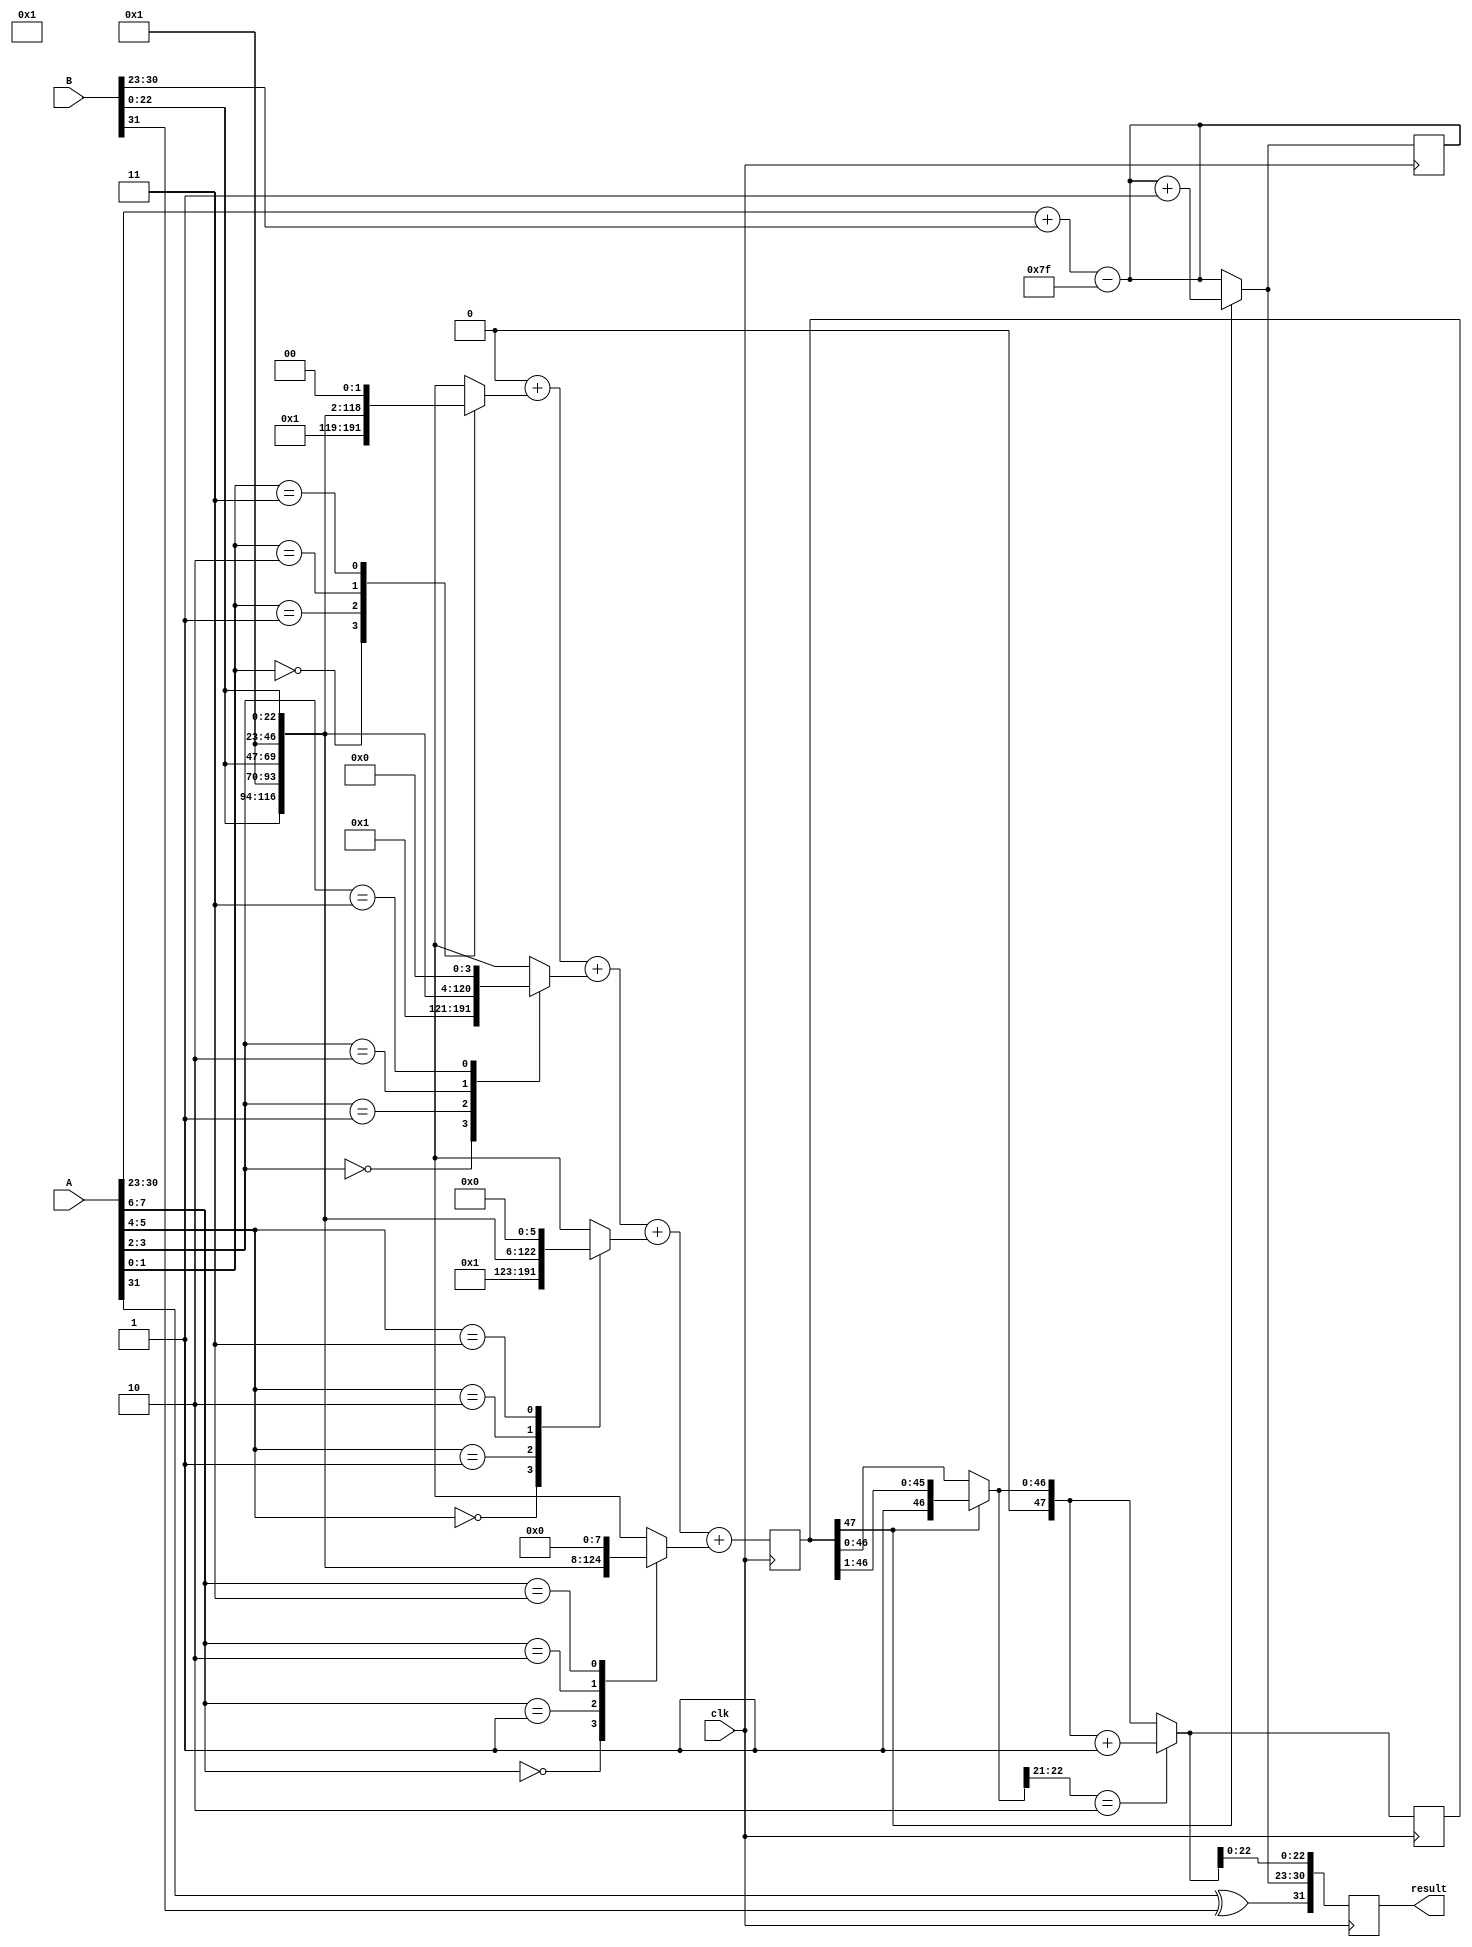
module radix4_fp_multiplier (
    input wire clk,
    input wire [31:0] A, // IEEE 754 single-precision input
    input wire [31:0] B, // IEEE 754 single-precision input
    output reg [31:0] result // IEEE 754 single-precision output
);

// IEEE 754 components
wire sign_A = A[31];
wire sign_B = B[31];
wire [7:0] exp_A = A[30:23];
wire [7:0] exp_B = B[30:23];
wire [22:0] mant_A = A[22:0];
wire [22:0] mant_B = B[22:0];

// Implicit leading 1 for normalized numbers
wire [23:0] norm_mant_A = {1'b1, mant_A};
wire [23:0] norm_mant_B = {1'b1, mant_B};

// Sign of the result
wire result_sign = sign_A ^ sign_B;

// Exponent calculation
wire [8:0] exp_sum = {1'b0, exp_A} + {1'b0, exp_B} - 8'd127; // Subtracting bias
wire [7:0] exp_result = exp_sum[7:0]; // Adjusted exponent

// Mantissa multiplication using Radix-4 Booth algorithm
reg [47:0] partial_product [0:3]; // Store partial products
integer i;

// Generate partial products based on Radix-4
always @(*) begin
    // Initialize partial products
    partial_product[0] = 0;
    partial_product[1] = 0;
    partial_product[2] = 0;
    partial_product[3] = 0;

    // Booth encoding
    for (i = 0; i < 24; i = i + 2) begin
        case ({norm_mant_A[i+1], norm_mant_A[i]})
            2'b00: partial_product[i/2] = 0;
            2'b01: partial_product[i/2] = norm_mant_B << i; // B shifted
            2'b10: partial_product[i/2] = norm_mant_B << (i+1); // -B shifted
            2'b11: partial_product[i/2] = norm_mant_B << (i+2); // 2B shifted
        endcase
    end
end

// Sum partial products
reg [47:0] mant_product;
integer j;
always @(posedge clk) begin
    mant_product = 0;
    for (j = 0; j < 4; j = j + 1) begin
        mant_product = mant_product + partial_product[j]; // Carry-save add
    end
end

// Normalization and rounding
always @(posedge clk) begin
    // Normalize product
    if (mant_product[47]) begin
        // Shift right if the leading bit is 1
        mant_product = mant_product >> 1;
        exp_result = exp_result + 1;
    end

    // Rounding (simple round to nearest even)
    if (mant_product[22:21] == 2'b10) begin
        mant_product = mant_product + 1;
    end

    // Assemble result
    result <= {result_sign, exp_result, mant_product[22:0]};
end

endmodule